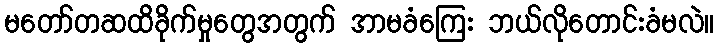
မတော်တဆထိခိုက်မှုတွေအတွက် အာမခံကြေး ဘယ်လိုတောင်းခံမလဲ။